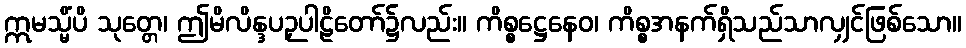
ဣမသ္မိံပိ သုတ္တေ၊ ဤမိလိန္ဒပဉှပါဠိတော်၌လည်း။ ကိစ္စဋ္ဌေနေဝ၊ ကိစ္စအနက်ရှိသည်သာလျှင်ဖြစ်သော။